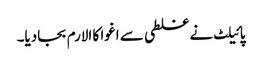
پائیلٹ نے غلطی سے اغوا کا الارم بجادیا۔